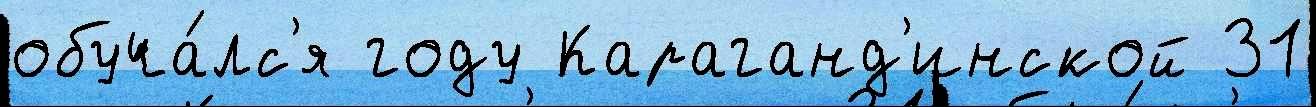
обуча́лс'я году Караганд'инской 31